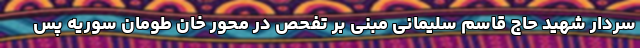
سردار شهید حاج قاسم سلیمانی مبنی بر تفحص در محور خان طومان سوریه پس